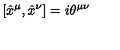
[ \hat { x } ^ { \mu } , \hat { x } ^ { \nu } ] = i \theta ^ { \mu \nu }